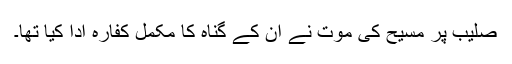
صلیب پر مسیح کی موت نے اُن کے گناہ کا مکمل کفارہ ادا کیا تھا۔